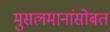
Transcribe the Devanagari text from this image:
मुसलमानांसोबत